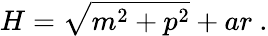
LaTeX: H=\sqrt{m^{2}+p^{2}}+ar\ .